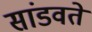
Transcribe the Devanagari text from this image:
सांडवते